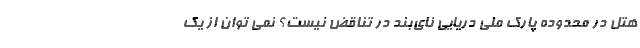
هتل در محدوده پارک ملی دریایی نای‌بند در تناقض نیست؟ نمی توان از یک